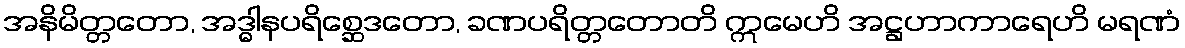
အနိမိတ္တတော, အဒ္ဓါနပရိစ္ဆေဒတော, ခဏပရိတ္တတောတိ ဣမေဟိ အဋ္ဌဟာကာရေဟိ မရဏံ